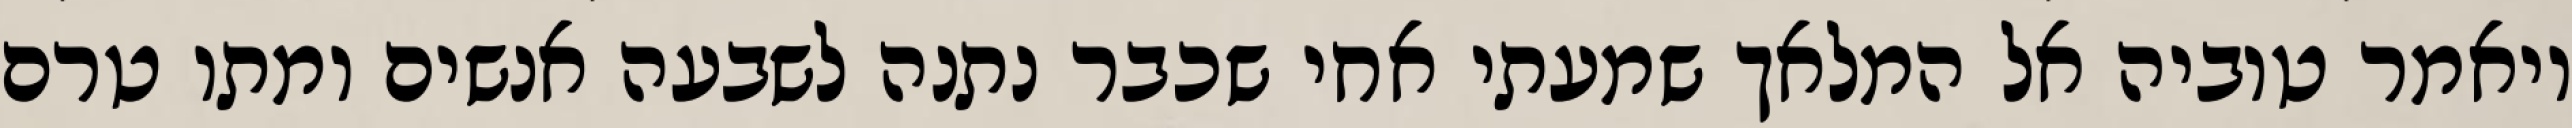
ויאמר טוביה אל המלאך שמעתי אחי שכבר נתנה לשבעה אנשים ומתו טרם